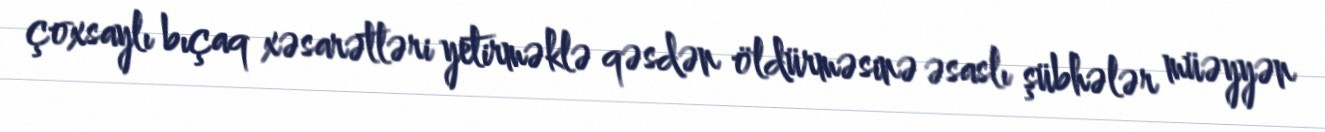
çoxsaylı bıçaq xəsarətləri yetirməklə qəsdən öldürməsinə əsaslı şübhələr müəyyən